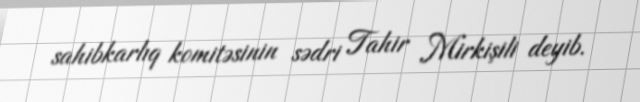
sahibkarlıq komitəsinin sədri Tahir Mirkişili deyib.